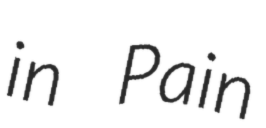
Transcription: in Pain